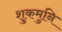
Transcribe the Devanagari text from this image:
शुकमुनि